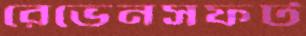
রেভেনসফট